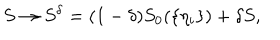
S \to S ^ { \delta } = ( 1 - \delta ) S _ { 0 } ( \{ \eta _ { i } \} ) + \delta S ,